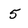
Character: 5